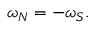
\omega _ { N } = - \omega _ { S } .